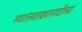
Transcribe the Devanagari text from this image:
स्वातंत्र्यलढ्यासाठीच्या